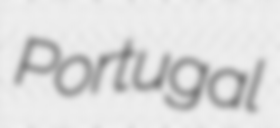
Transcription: Portugal